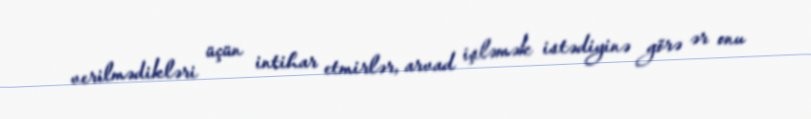
verilmədikləri üçün intihar etmirlər, arvad işləmək istədiyinə görə ər onu